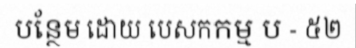
បន្ថែម ដោយ បេសកកម្ម ប - ៥២